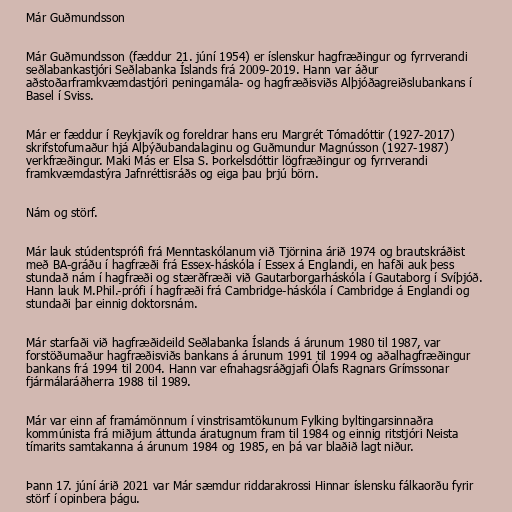
Már Guðmundsson

Már Guðmundsson (fæddur 21. júní 1954) er íslenskur hagfræðingur og fyrrverandi
seðlabankastjóri Seðlabanka Íslands frá 2009-2019. Hann var áður
aðstoðarframkvæmdastjóri peningamála- og hagfræðisviðs Alþjóðagreiðslubankans í
Basel í Sviss.

Már er fæddur í Reykjavík og foreldrar hans eru Margrét Tómadóttir (1927-2017)
skrifstofumaður hjá Alþýðubandalaginu og Guðmundur Magnússon (1927-1987)
verkfræðingur. Maki Más er Elsa S. Þorkelsdóttir lögfræðingur og fyrrverandi
framkvæmdastýra Jafnréttisráðs og eiga þau þrjú börn.

Nám og störf.

Már lauk stúdentsprófi frá Menntaskólanum við Tjörnina árið 1974 og brautskráðist
með BA-gráðu í hagfræði frá Essex-háskóla í Essex á Englandi, en hafði auk þess
stundað nám í hagfræði og stærðfræði við Gautarborgarháskóla í Gautaborg í Svíþjóð.
Hann lauk M.Phil.-prófi í hagfræði frá Cambridge-háskóla í Cambridge á Englandi og
stundaði þar einnig doktorsnám.

Már starfaði við hagfræðideild Seðlabanka Íslands á árunum 1980 til 1987, var
forstöðumaður hagfræðisviðs bankans á árunum 1991 til 1994 og aðalhagfræðingur
bankans frá 1994 til 2004. Hann var efnahagsráðgjafi Ólafs Ragnars Grímssonar
fjármálaráðherra 1988 til 1989.

Már var einn af framámönnum í vinstrisamtökunum Fylking byltingarsinnaðra
kommúnista frá miðjum áttunda áratugnum fram til 1984 og einnig ritstjóri Neista
tímarits samtakanna á árunum 1984 og 1985, en þá var blaðið lagt niður.

Þann 17. júní árið 2021 var Már sæmdur riddarakrossi Hinnar íslensku fálkaorðu fyrir
störf í opinbera þágu.